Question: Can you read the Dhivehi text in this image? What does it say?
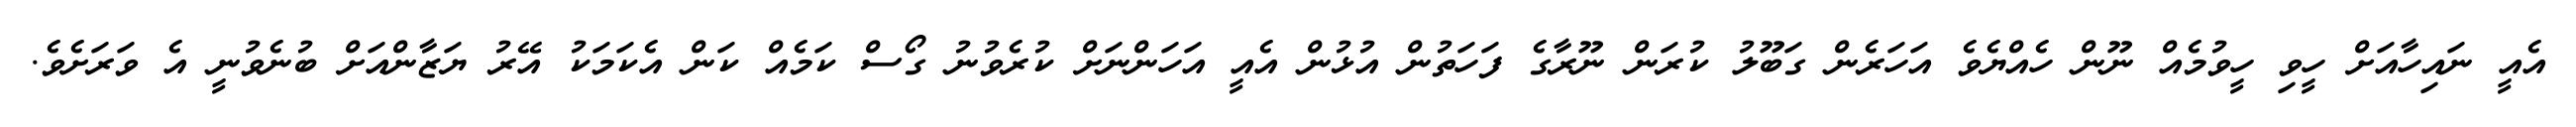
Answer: އެއީ ނައިހާއަށް ހީވި ހީވުމެއް ނޫން ހެއްޔެވެ އަހަރެން ގަބޫލު ކުރަން ނޫރާގެ ފަހަތުން އުޅުން އެއީ އަހަންނަށް ކުރެވުނު ގޯސް ކަމެއް ކަން އެކަމަކު އޭރު ޔަޒާންއަށް ބުނެވުނީ އެ ވަރަށެވެ.